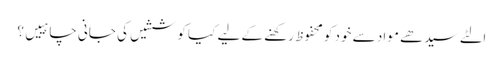
الٹے سیدھے مواد سے خود کو محفوظ رکھنے کے لیے کیا کوششیں کی جانی چاہییں؟